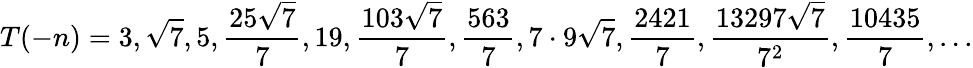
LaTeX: T(-n)=3,{\sqrt{7}},5,{\frac{25{\sqrt{7}}}{7}},19,{\frac{103{\sqrt{7}}}{7}},{\frac{563}{7}},7\cdot 9{\sqrt{7}},{\frac{2421}{7}},{\frac{13297{\sqrt{7}}}{7^{2}}},{\frac{10435}{7}},...